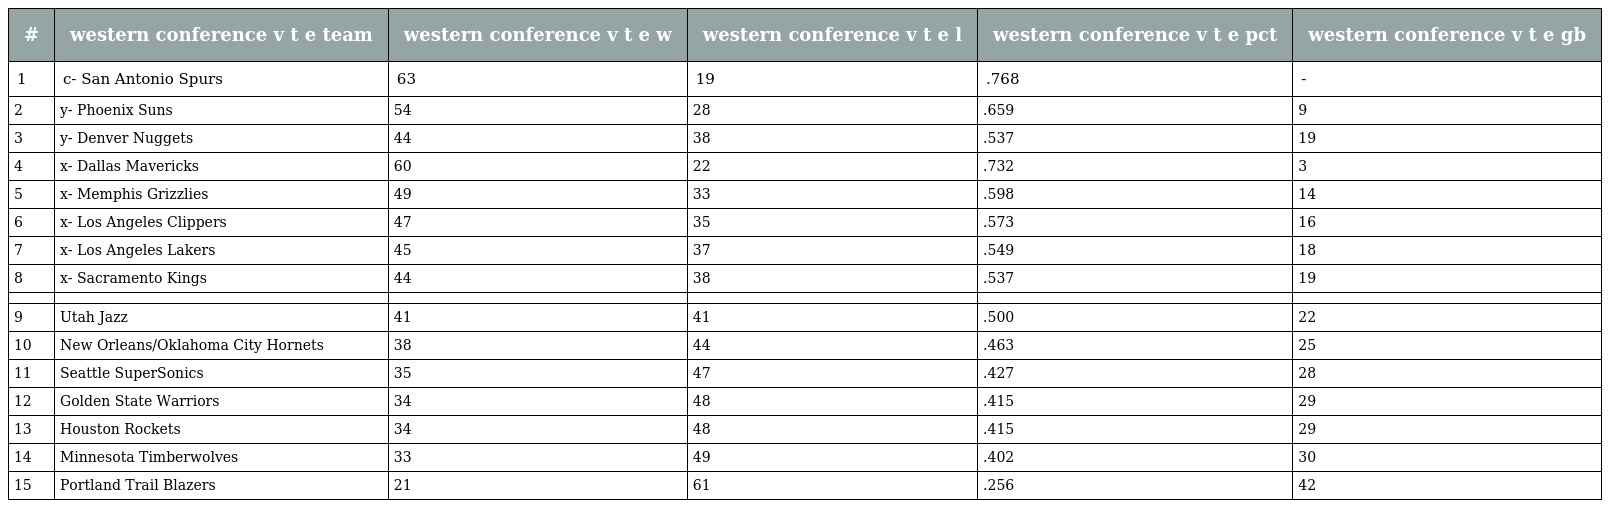
| # | western conference v t e team | western conference v t e w | western conference v t e l | western conference v t e pct | western conference v t e gb |
 | --- | --- | --- | --- | --- | --- |
 | 1 | c- San Antonio Spurs | 63 | 19 | .768 | - |
 | 2 | y- Phoenix Suns | 54 | 28 | .659 | 9 |
 | 3 | y- Denver Nuggets | 44 | 38 | .537 | 19 |
 | 4 | x- Dallas Mavericks | 60 | 22 | .732 | 3 |
 | 5 | x- Memphis Grizzlies | 49 | 33 | .598 | 14 |
 | 6 | x- Los Angeles Clippers | 47 | 35 | .573 | 16 |
 | 7 | x- Los Angeles Lakers | 45 | 37 | .549 | 18 |
 | 8 | x- Sacramento Kings | 44 | 38 | .537 | 19 |
 |  |  |  |  |  |  |
 | 9 | Utah Jazz | 41 | 41 | .500 | 22 |
 | 10 | New Orleans/Oklahoma City Hornets | 38 | 44 | .463 | 25 |
 | 11 | Seattle SuperSonics | 35 | 47 | .427 | 28 |
 | 12 | Golden State Warriors | 34 | 48 | .415 | 29 |
 | 13 | Houston Rockets | 34 | 48 | .415 | 29 |
 | 14 | Minnesota Timberwolves | 33 | 49 | .402 | 30 |
 | 15 | Portland Trail Blazers | 21 | 61 | .256 | 42 |